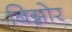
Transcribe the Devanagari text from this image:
बिग्नोर